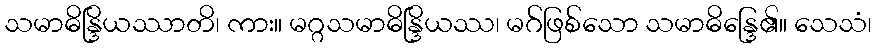
သမာဓိန္ဒြိယဿာတိ၊ ကား။ မဂ္ဂသမာဓိန္ဒြိယဿ၊ မဂ်ဖြစ်သော သမာဓိန္ဒြေ၏။ သေသံ၊